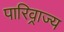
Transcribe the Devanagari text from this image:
पारिव्राज्य